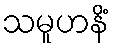
သမူဟနိံ